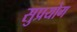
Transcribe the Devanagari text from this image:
सुप्रयोग